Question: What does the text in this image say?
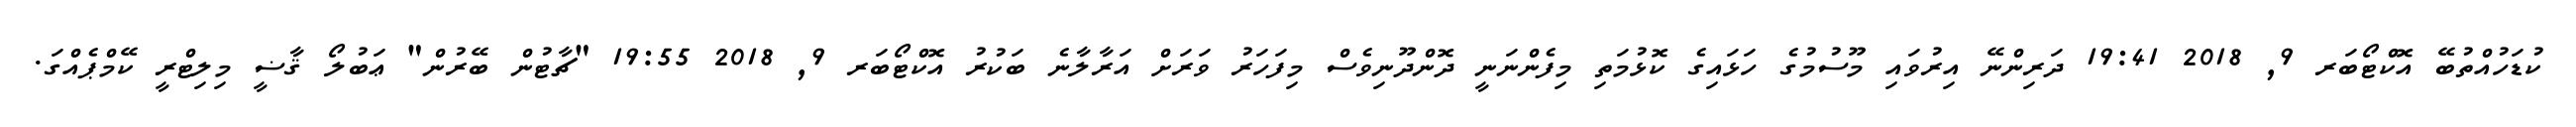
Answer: ކުޑަހުއްތުބޭ އޮކްޓޯބަރ 9, 2018 19:41 ދަރިންނޭ އިރުވައި މޫސުމުގެ ހަޅައިގެ ކޮޅުމަތި މިފެންނަނީ ދޮންދޫނިވެސް މިފަހަރު ވަރަށް އަރާލާނެ ބަކުރު އޮކްޓޯބަރ 9, 2018 19:55 "ޗާޓުން ބޭރުން" ޢަބުލޯ ޤާޟީ މިލިޓްރީ ކޭމްޕެއްގަ.